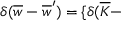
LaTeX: \delta ( \overline { { { w } } } - \overline { { { w } } } ^ { \prime } ) = \{ \delta ( \overline { { { K } } } -